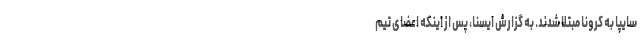
سایپا به کرونا مبتلا شدند. به گزارش ایسنا، پس از اینکه اعضای تیم